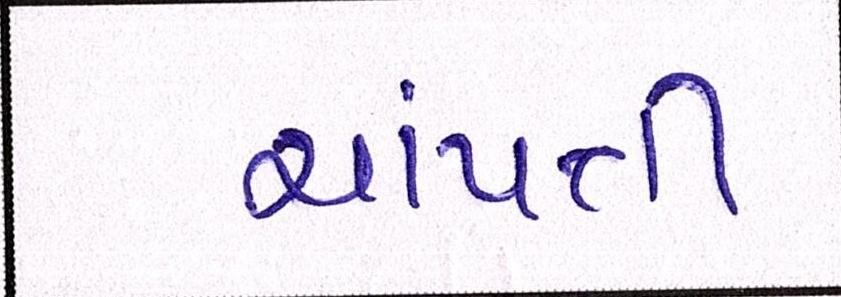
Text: ચાંપતી